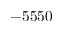
- 5 5 5 0